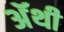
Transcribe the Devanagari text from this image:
अॅथी